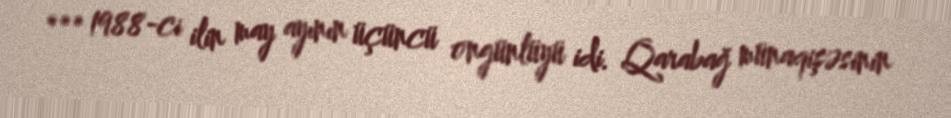
*** 1988-ci ilin may ayının üçüncü ongünlüyü idi. Qarabağ münaqişəsinin